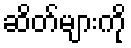
ဆိတ်များကို